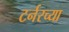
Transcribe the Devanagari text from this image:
टर्नरच्या